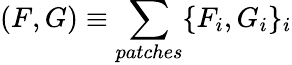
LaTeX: (F,G)\equiv\sum_{patches}\{ F_{i},G_{i}\} _{i}